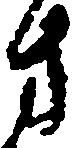
方